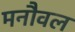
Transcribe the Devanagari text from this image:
मनौवल